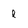
Character: l